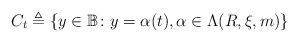
LaTeX: \begin{align*}C_t \triangleq \{y \in \mathbb{B}\colon y = \alpha(t), \alpha \in \Lambda(R, \xi, m)\}\end{align*}